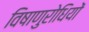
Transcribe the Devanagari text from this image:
विषाणुरोधियों